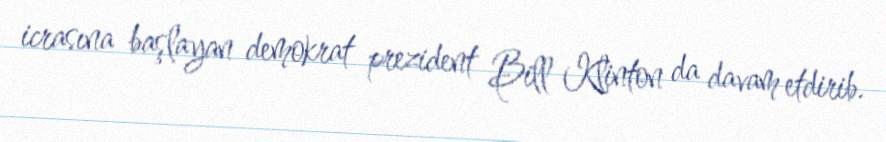
icrasına başlayan demokrat prezident Bill Klinton da davam etdirib.